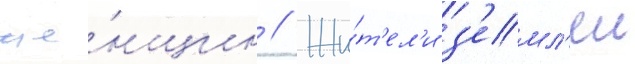
же́нщин // Жи́т'ел'и з'емл'еи